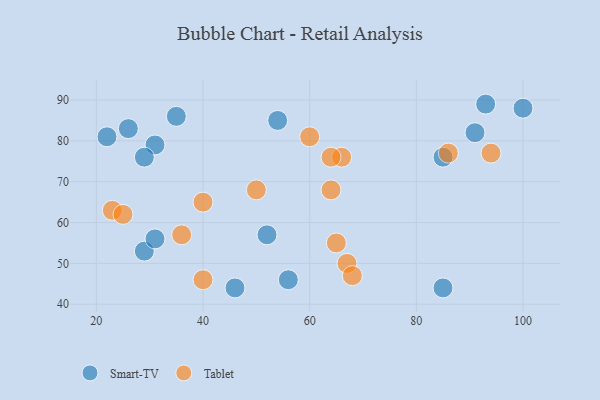
{"axis": {"x": "GDP", "y": "Life Expectancy"}, "legend": ["Smart-TV", "Tablet"], "data": [{"x": "29", "y": 53, "type": "Smart-TV"}, {"x": "100", "y": 88, "type": "Smart-TV"}, {"x": "54", "y": 85, "type": "Smart-TV"}, {"x": "85", "y": 44, "type": "Smart-TV"}, {"x": "52", "y": 57, "type": "Smart-TV"}, {"x": "31", "y": 79, "type": "Smart-TV"}, {"x": "22", "y": 81, "type": "Smart-TV"}, {"x": "85", "y": 76, "type": "Smart-TV"}, {"x": "93", "y": 89, "type": "Smart-TV"}, {"x": "46", "y": 44, "type": "Smart-TV"}, {"x": "91", "y": 82, "type": "Smart-TV"}, {"x": "29", "y": 76, "type": "Smart-TV"}, {"x": "26", "y": 83, "type": "Smart-TV"}, {"x": "56", "y": 46, "type": "Smart-TV"}, {"x": "31", "y": 56, "type": "Smart-TV"}, {"x": "35", "y": 86, "type": "Smart-TV"}, {"x": "67", "y": 50, "type": "Tablet"}, {"x": "36", "y": 57, "type": "Tablet"}, {"x": "68", "y": 47, "type": "Tablet"}, {"x": "65", "y": 55, "type": "Tablet"}, {"x": "86", "y": 77, "type": "Tablet"}, {"x": "23", "y": 63, "type": "Tablet"}, {"x": "64", "y": 68, "type": "Tablet"}, {"x": "40", "y": 65, "type": "Tablet"}, {"x": "94", "y": 77, "type": "Tablet"}, {"x": "50", "y": 68, "type": "Tablet"}, {"x": "66", "y": 76, "type": "Tablet"}, {"x": "64", "y": 76, "type": "Tablet"}, {"x": "25", "y": 62, "type": "Tablet"}, {"x": "40", "y": 46, "type": "Tablet"}, {"x": "60", "y": 81, "type": "Tablet"}]}